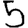
Digit: 5